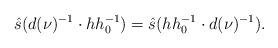
LaTeX: \begin{align*} \hat{s}(d(\nu)^{-1} \cdot h h_0^{-1}) = \hat{s}(h h_0^{-1} \cdot d(\nu)^{-1}).\end{align*}